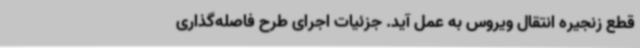
قطع زنجیره انتقال ویروس به عمل آید. جزئیات اجرای طرح فاصله‌گذاری